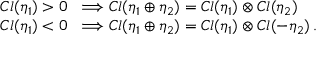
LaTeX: \begin{array} { l } { { C l ( \eta _ { 1 } ) > 0 \; \; \Longrightarrow C l ( \eta _ { 1 } \oplus \eta _ { 2 } ) = C l ( \eta _ { 1 } ) \otimes C l ( \eta _ { 2 } ) } } \\ { { C l ( \eta _ { 1 } ) < 0 \; \; \Longrightarrow C l ( \eta _ { 1 } \oplus \eta _ { 2 } ) = C l ( \eta _ { 1 } ) \otimes C l ( - \eta _ { 2 } ) \, . } } \end{array}